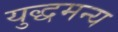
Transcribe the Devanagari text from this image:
युद्धमन्य